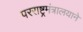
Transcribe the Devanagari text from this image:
परराष्ट्रमंत्रालयाने